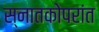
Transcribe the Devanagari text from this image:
स्नातकोपरांत